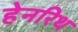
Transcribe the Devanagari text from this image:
हेनरिथ